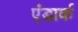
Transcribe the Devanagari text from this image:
एंडार्क